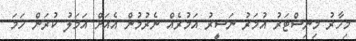
މިހާރު މިނިސްޓަރު އުމަރު ނަސީރު އަމުރެއް ނެރުމުން އެއަށް އަމަލު ކުރަން ހަމަ